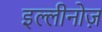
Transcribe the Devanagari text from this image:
इल्लीनोज़